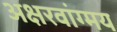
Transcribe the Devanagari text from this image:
अक्षरवांग्मय